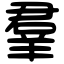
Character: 羣